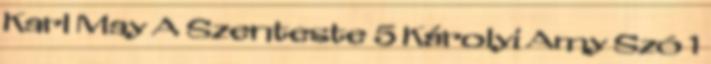
Karl May A Szenteste 5 Károlyi Amy Szó 1